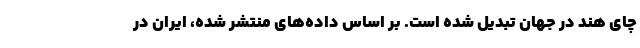
چای هند در جهان تبدیل شده است. بر اساس داده‌های منتشر شده، ایران در